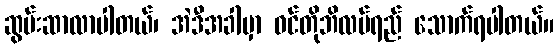
ဆွမ်းဆာလာပါတယ်၊ အဲဒီအခါမှာ ဝင်တိုဘိလပ်ရည် သောက်ရပါတယ်။